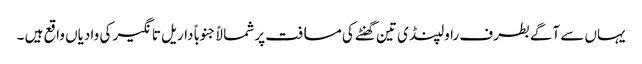
یہاں سے آگے بطرف راولپنڈی تین گھنٹے کی مسافت پر شمالاً جنوباً داریل تانگیر کی وادیاں واقع ہیں ۔